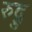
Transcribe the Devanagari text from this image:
रुद्रु